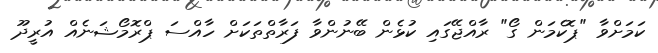
ކަމަށްވާ "ޕޮކެމަން ގޯ" ރާއްޖޭގައި ކުޅެން ބޭނުންވާ ފަރާތްތަކަށް ހާއްސަ ޕްރޮމޯޝަނެއް އުރީދޫ